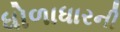
ધોળાધારની